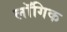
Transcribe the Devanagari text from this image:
लॉगिक